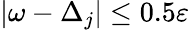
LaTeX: |\omega-\Delta_{j}|\leq 0.5\varepsilon